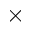
\times